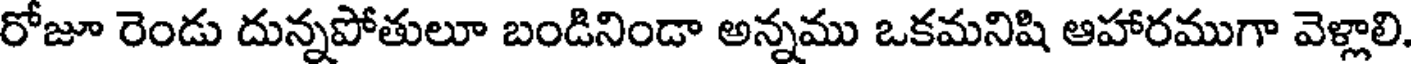
రోజూ రెండు దున్నపోతులూ బండినిండా అన్నము ఒకమనిషి ఆహారముగా వెళ్లాలి